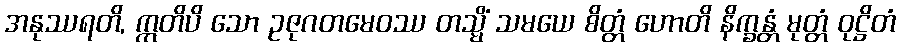
အနုဿရတိ, ဣတိပိ သော ဥဇုဂတမေဝဿ တသ္မိံ သမယေ စိတ္တံ ဟောတိ နိက္ခန္တံ မုတ္တံ ဝုဋ္ဌိတံ